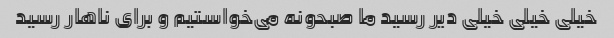
خیلی خیلی خیلی دیر رسید ما صبحونه می‌خواستیم و برای ناهار رسید